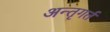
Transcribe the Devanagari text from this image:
अन्तृगर्त